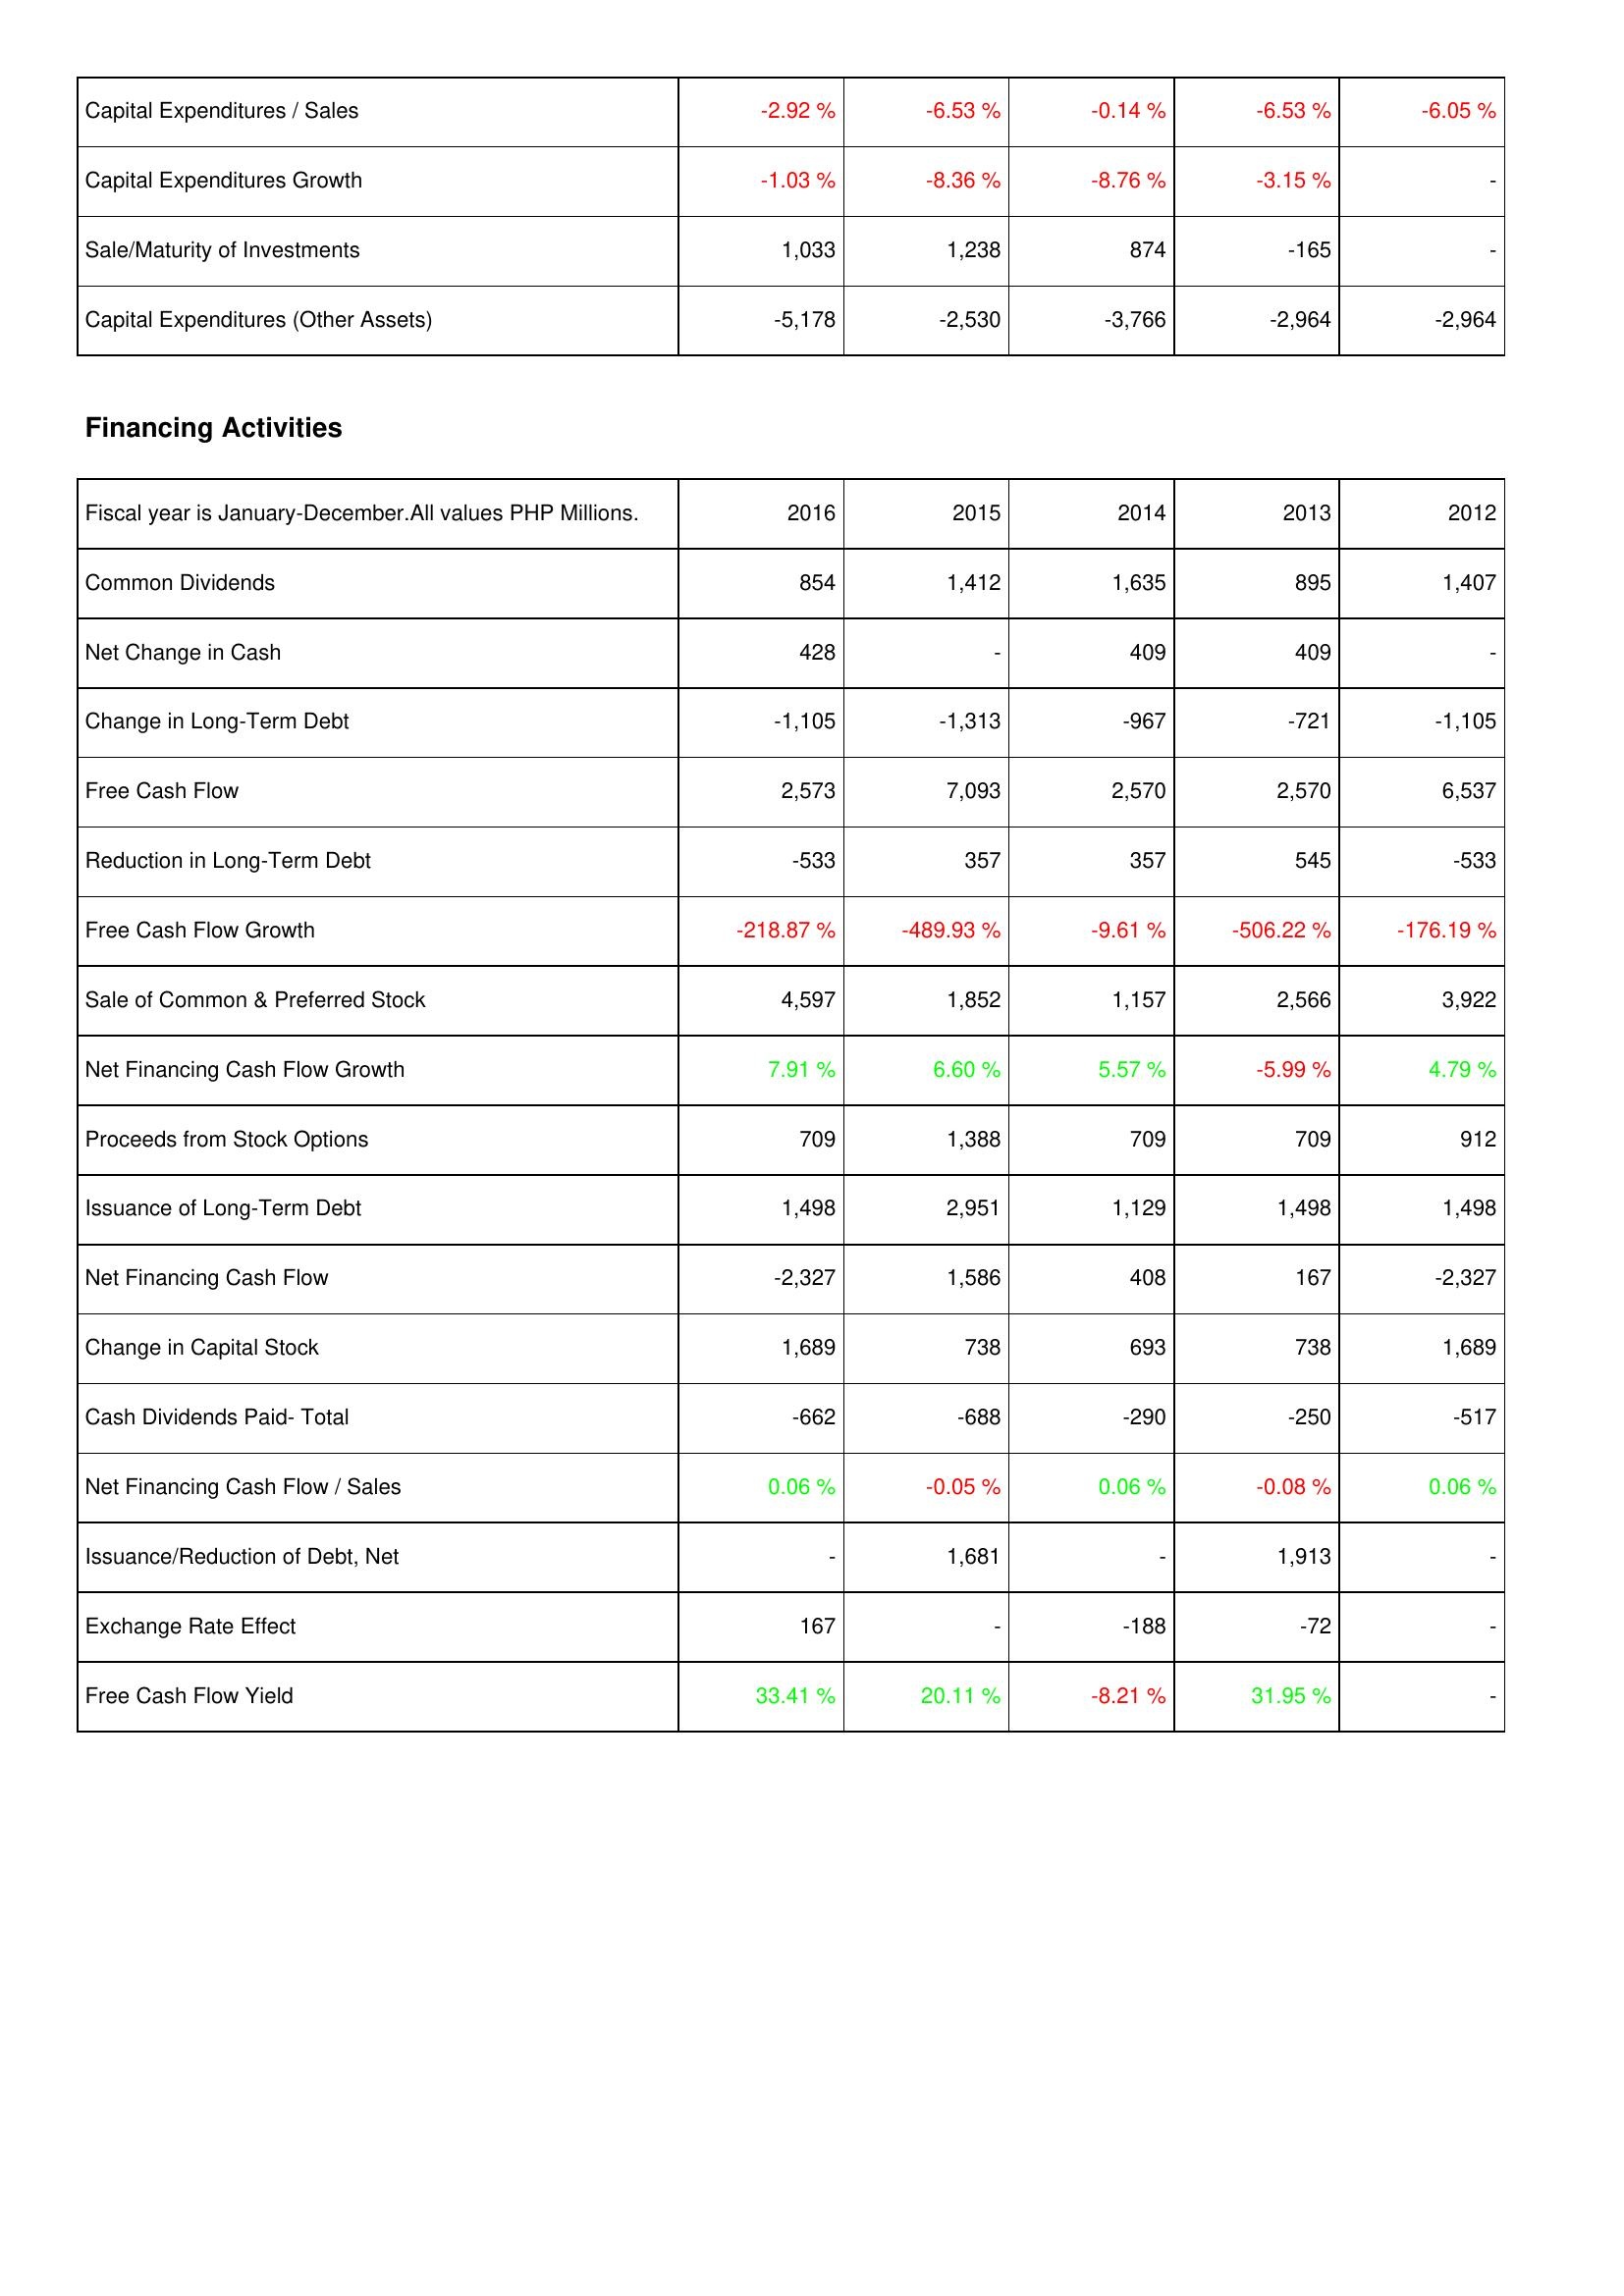
2016: Investing Activities: Capital Expenditures / Sales: -2.92 %
Capital Expenditures Growth: -1.03 %
Sale/Maturity of Investments: 1,033
Capital Expenditures (Other Assets): -5,178
Financing Activities: Common Dividends: 854
Net Change in Cash: 428
Change in Long-Term Debt: -1,105
Free Cash Flow: 2,573
Reduction in Long-Term Debt: -533
Free Cash Flow Growth: -218.87 %
Sale of Common & Preferred Stock: 4,597
Net Financing Cash Flow Growth: 7.91 %
Proceeds from Stock Options: 709
Issuance of Long-Term Debt: 1,498
Net Financing Cash Flow: -2,327
Change in Capital Stock: 1,689
Cash Dividends Paid- Total: -662
Net Financing Cash Flow / Sales: 0.06 %
Issuance/Reduction of Debt, Net: -
Exchange Rate Effect: 167
Free Cash Flow Yield: 33.41 %
2015: Investing Activities: Capital Expenditures / Sales: -6.53 %
Capital Expenditures Growth: -8.36 %
Sale/Maturity of Investments: 1,238
Capital Expenditures (Other Assets): -2,530
Financing Activities: Common Dividends: 1,412
Net Change in Cash: -
Change in Long-Term Debt: -1,313
Free Cash Flow: 7,093
Reduction in Long-Term Debt: 357
Free Cash Flow Growth: -489.93 %
Sale of Common & Preferred Stock: 1,852
Net Financing Cash Flow Growth: 6.60 %
Proceeds from Stock Options: 1,388
Issuance of Long-Term Debt: 2,951
Net Financing Cash Flow: 1,586
Change in Capital Stock: 738
Cash Dividends Paid- Total: -688
Net Financing Cash Flow / Sales: -0.05 %
Issuance/Reduction of Debt, Net: 1,681
Exchange Rate Effect: -
Free Cash Flow Yield: 20.11 %
2014: Investing Activities: Capital Expenditures / Sales: -0.14 %
Capital Expenditures Growth: -8.76 %
Sale/Maturity of Investments: 874
Capital Expenditures (Other Assets): -3,766
Financing Activities: Common Dividends: 1,635
Net Change in Cash: 409
Change in Long-Term Debt: -967
Free Cash Flow: 2,570
Reduction in Long-Term Debt: 357
Free Cash Flow Growth: -9.61 %
Sale of Common & Preferred Stock: 1,157
Net Financing Cash Flow Growth: 5.57 %
Proceeds from Stock Options: 709
Issuance of Long-Term Debt: 1,129
Net Financing Cash Flow: 408
Change in Capital Stock: 693
Cash Dividends Paid- Total: -290
Net Financing Cash Flow / Sales: 0.06 %
Issuance/Reduction of Debt, Net: -
Exchange Rate Effect: -188
Free Cash Flow Yield: -8.21 %
2013: Investing Activities: Capital Expenditures / Sales: -6.53 %
Capital Expenditures Growth: -3.15 %
Sale/Maturity of Investments: -165
Capital Expenditures (Other Assets): -2,964
Financing Activities: Common Dividends: 895
Net Change in Cash: 409
Change in Long-Term Debt: -721
Free Cash Flow: 2,570
Reduction in Long-Term Debt: 545
Free Cash Flow Growth: -506.22 %
Sale of Common & Preferred Stock: 2,566
Net Financing Cash Flow Growth: -5.99 %
Proceeds from Stock Options: 709
Issuance of Long-Term Debt: 1,498
Net Financing Cash Flow: 167
Change in Capital Stock: 738
Cash Dividends Paid- Total: -250
Net Financing Cash Flow / Sales: -0.08 %
Issuance/Reduction of Debt, Net: 1,913
Exchange Rate Effect: -72
Free Cash Flow Yield: 31.95 %
2012: Investing Activities: Capital Expenditures / Sales: -6.05 %
Capital Expenditures Growth: -
Sale/Maturity of Investments: -
Capital Expenditures (Other Assets): -2,964
Financing Activities: Common Dividends: 1,407
Net Change in Cash: -
Change in Long-Term Debt: -1,105
Free Cash Flow: 6,537
Reduction in Long-Term Debt: -533
Free Cash Flow Growth: -176.19 %
Sale of Common & Preferred Stock: 3,922
Net Financing Cash Flow Growth: 4.79 %
Proceeds from Stock Options: 912
Issuance of Long-Term Debt: 1,498
Net Financing Cash Flow: -2,327
Change in Capital Stock: 1,689
Cash Dividends Paid- Total: -517
Net Financing Cash Flow / Sales: 0.06 %
Issuance/Reduction of Debt, Net: -
Exchange Rate Effect: -
Free Cash Flow Yield: -